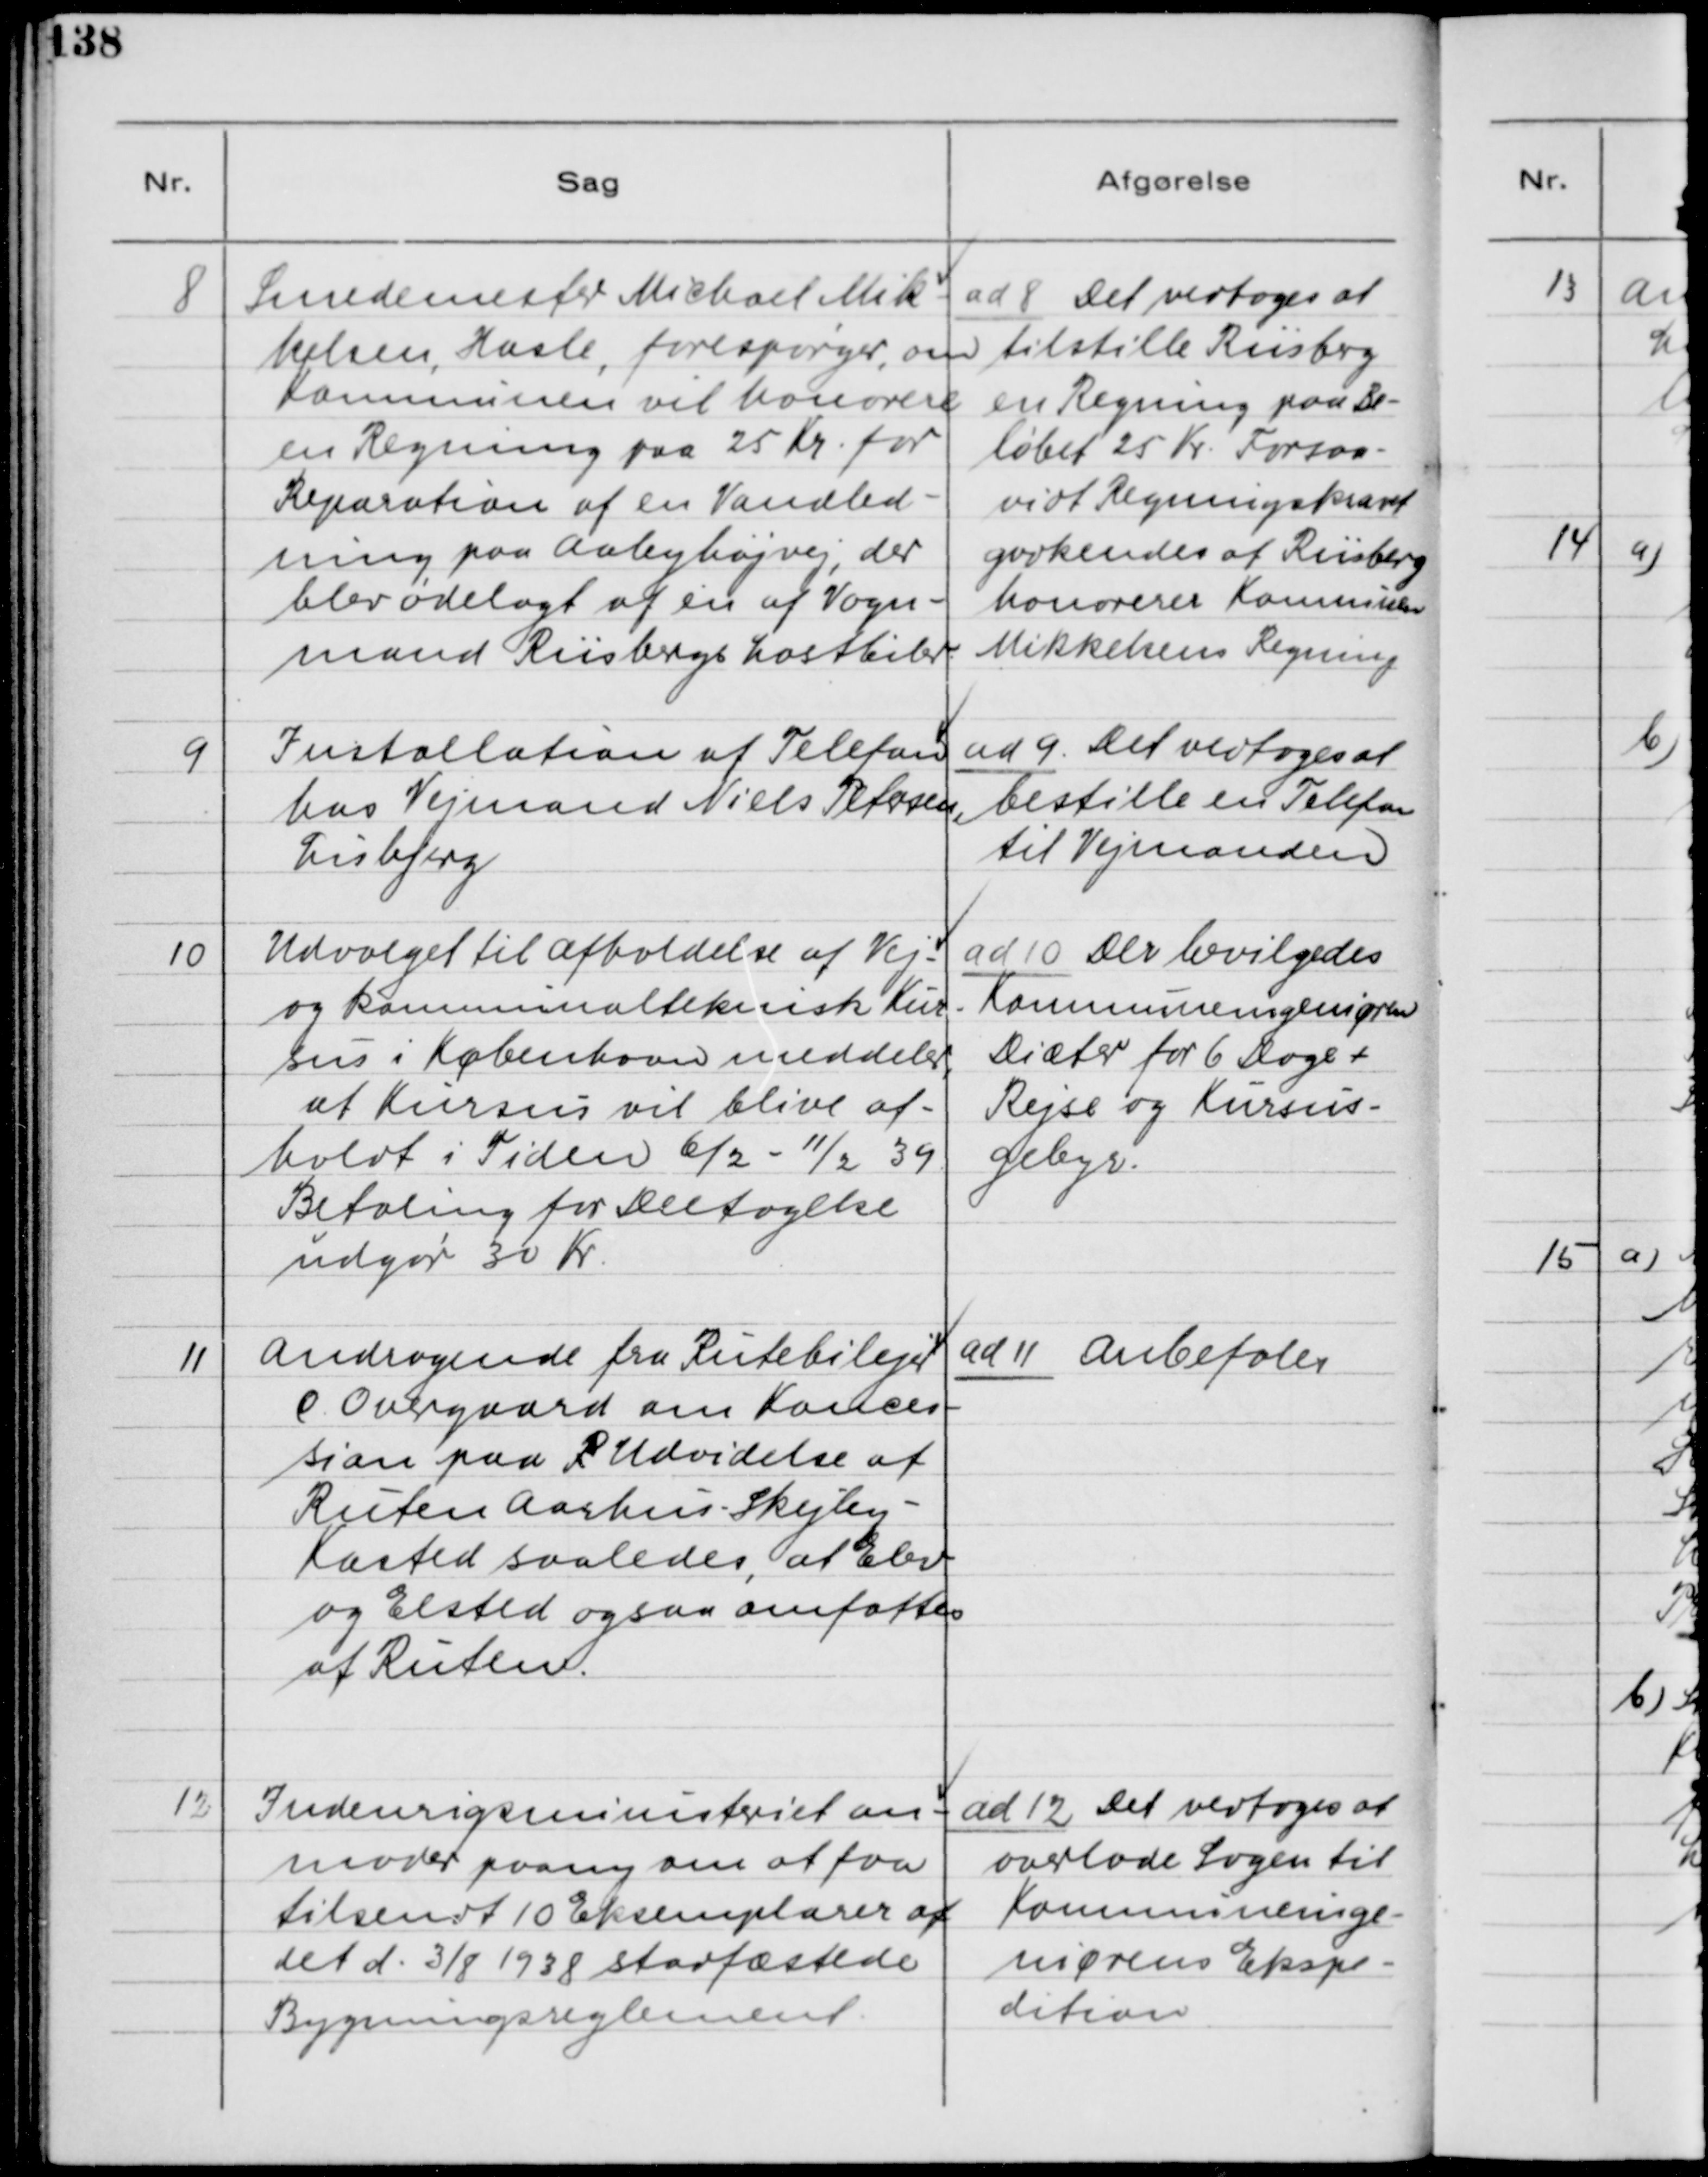
Transskription:
8. Smedemester Michael Mik-
kelsen, Hasle, forespørger, om
Kommunen vil honorere
en Regning paa 25 Kr. for
Reparation af en Vandled-
ning paa Aabyhøjvej, der
blev ødelagt af en af Vogn-
mand Riisbergs Lastbiler.

ad 8. Det vedtoges at
tilstille Riisberg
en Regning paa Be-
løbet 25 Kr. Forsaa-
vidt Regningskravet
godkendes af Riisberg
honorerer Kommunen
Mikkelsens Regning.

9. Installation af Telefon
hos Vejmand Niels Petersen,
Lisbjerg

ad 9. Det vedtoges at
bestille en Telefon
til Vejmanden

10. Udvalget til Afholdelse af Vej-
og Kommunalteknisk Kur-
sus i København meddeler,
at Kursus vil blive af-
holdt i Tiden 6/2 - 11/2 39.
Betaling for Deltagelse
udgør 30 Kr.

ad 10. Det bevilgedes
Kommuneingeniøren
Diæter for 6 Dage +
Rejse og Kursus-
gebyr.

11. Andragende fra Rutebilejer
E. Overgaard om Konces-
sion paa R Udvidelse af
Ruten Aarhus - Skejby -
Kasted saaledes, at Elev
og Elsted ogsaa omfattes
af Ruten.

ad 11. Anbefales

12. Indenrigsministeriet an-
moder paany om at faa
tilsendt 10 Eksemplarer af
det d. 3/8 1938 stadfæstede
Bygningsreglement.

ad 12. Det vedtoges at
overlade Sagen til
Kommuneinge-
niørens Ekspe-
dition.